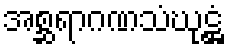
အစ္ဆရာဂဏသံဃုဋ္ဌံ